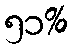
၅၁%